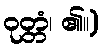
ဝုတ္တံ၊ ၏။)